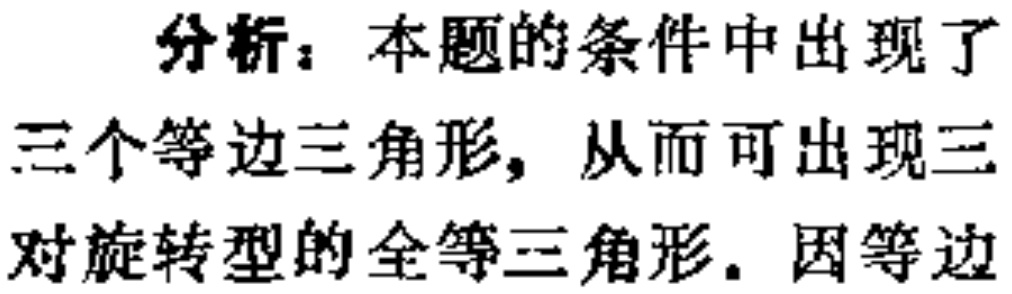
分析：本题的条件中出现了三个等边三角形，从而可出现三对旋转型的全等三角形. 因等边